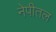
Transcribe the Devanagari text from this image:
नेपीतल